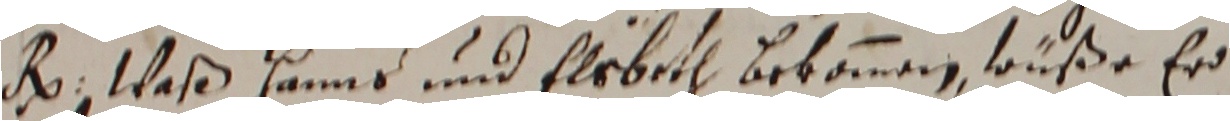
R. Waß Hanns und Elrbeth brkommen, wüße er